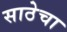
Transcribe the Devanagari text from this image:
साठेचा